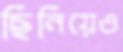
ছিনিয়েও